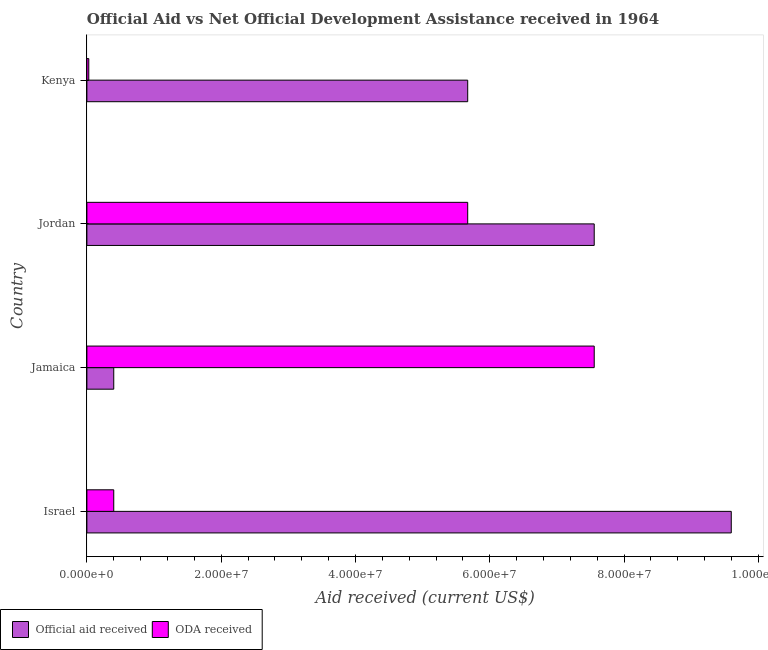
| Country | Official aid received | ODA received |
 | --- | --- | --- |
 | Israel | 9.6e+07 | 4e+06 |
 | Jamaica | 4e+06 | 7.56e+07 |
 | Jordan | 7.56e+07 | 5.67e+07 |
 | Kenya | 5.67e+07 | 2.8e+05 |